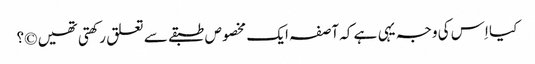
کیا اِس کی وجہ یہی ہے کہ آصفہ ایک مخصوص طبقے سے تعلق رکھتی تھیں ©؟